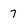
Character: 7